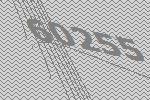
60255